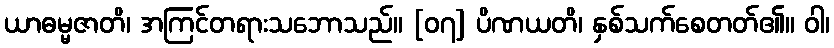
ယာဓမ္မဇာတိ၊ အကြင်တရားသဘောသည်။ [၀၇] ပိဏယတိ၊ နှစ်သက်စေတတ်၏။ ဝါ၊